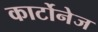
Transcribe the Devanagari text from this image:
कार्टोनेज